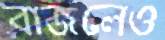
বাজলেও